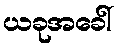
ယခုအခေါ်